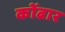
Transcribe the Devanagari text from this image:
कोंढार